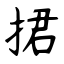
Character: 捃